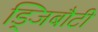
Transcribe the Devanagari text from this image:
ड्जिबौटी